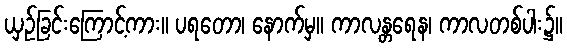
ယှဉ်ခြင်းကြောင့်ကား။ ပရတော၊ နောက်မှ။ ကာလန္တရေန၊ ကာလတစ်ပါး၌။